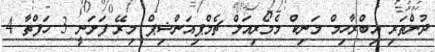
ދުންތަރި އިބްރާހިމް މަނިކް މެމޯރިއަލް ޗެމްޕިއަންޝިޕް މިރޭ ފަށަނީ 3 ހަފްތާ 4